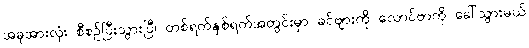
အခုအားလုံး စီစဉ်ပြီးသွားပြီ၊ တစ်ရက်နှစ်ရက်အတွင်းမှာ ခင်ဗျားကို လောင်ဗာကို ခေါ်သွားမယ်